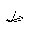
Letter: _za